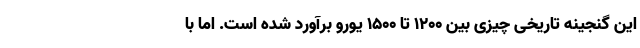
این گنجینه تاریخی چیزی بین ۱۲۰۰ تا ۱۵۰۰ یورو برآورد شده است. اما با